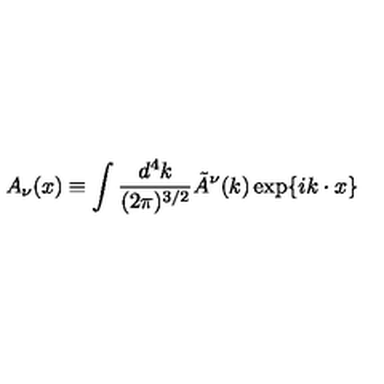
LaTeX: A _ { \nu } ( x ) \equiv \int { \frac { d ^ { 4 } k } { ( 2 \pi ) ^ { 3 / 2 } } } \tilde { A } ^ { \nu } ( k ) \exp \{ i k \cdot x \} \,